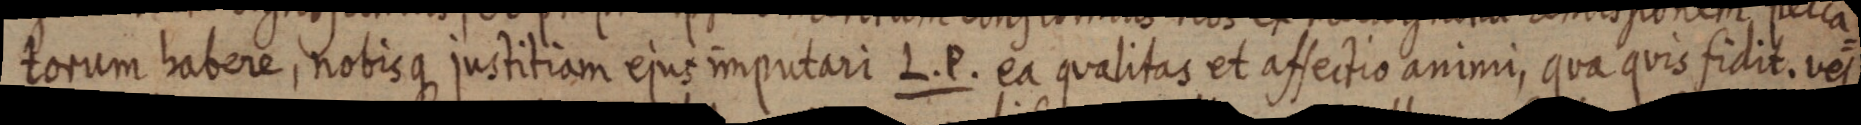
torum habere, nobisque justitiam ejus imputari L. P. ea qualitas et affectio animi, qua quis fidit. vel